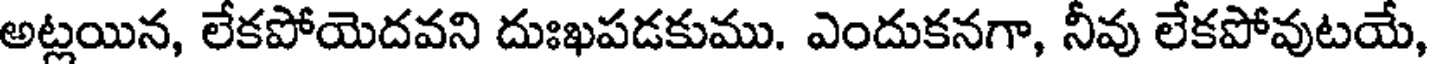
అట్లయిన, లేకపోయెదవని దుఃఖపడకుము. ఎందుకనగా, నీవు లేకపోవుటయే,